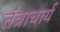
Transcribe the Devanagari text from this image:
तंत्राचार्य